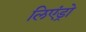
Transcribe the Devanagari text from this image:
लिएंड्रो